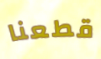
قطعنا